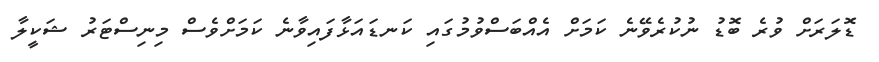
ޑޮލަރަށް ވުރެ ބޮޑު ނުކުރެވޭނެ ކަމަށް އެއްބަސްވުމުގައި ކަނޑައަޅާފައިވާނެ ކަމަށްވެސް މިނިސްޓަރު ޝަކީލާ